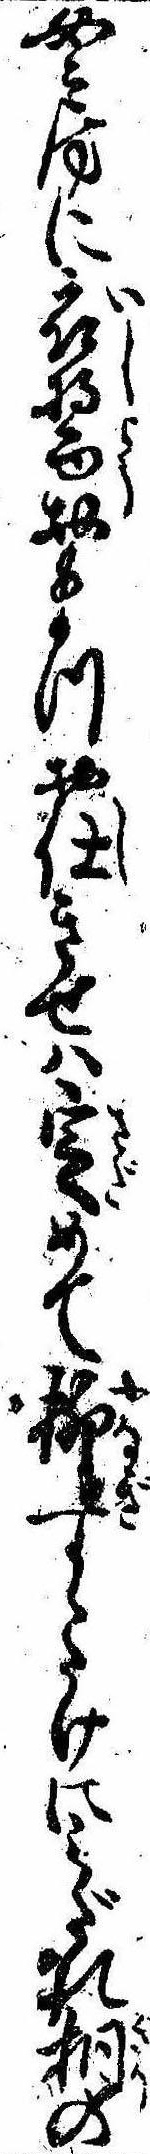
女房に衣醤おまつお仕きせは定めて柳すゝたけにみだれ桐の